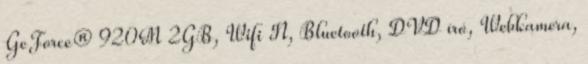
GeForce® 920M 2GB, Wifi N, Bluetooth, DVD író, Webkamera,